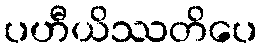
ပဟီယိဿတိပေ